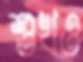
শুখও